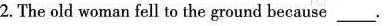
2. The old woman fell to the ground because ___.